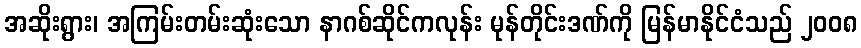
အဆိုးရွား၊ အကြမ်းတမ်းဆုံးသော နာဂစ်ဆိုင်ကလုန်း မုန်တိုင်းဒဏ်ကို မြန်မာနိုင်ငံသည် ၂၀၀၈